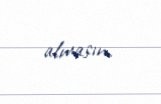
almasın.